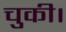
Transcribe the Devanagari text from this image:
चुकी।